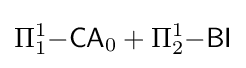
\Pi _{1}^{1}{\mathsf {-CA}}_{0}+\Pi _{2}^{1}{\mathsf {-BI}}